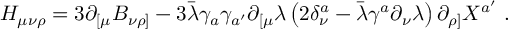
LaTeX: { \cal H } _ { \mu \nu \rho } = 3 \partial _ { [ \mu } B _ { \nu \rho ] } - 3 \bar { \lambda } \gamma _ { a } \gamma _ { a ^ { \prime } } \partial _ { [ \mu } \lambda \left( 2 \delta _ { \nu } ^ { a } - \bar { \lambda } \gamma ^ { a } \partial _ { \nu } \lambda \right) \partial _ { \rho ] } X ^ { a ^ { \prime } } \ .